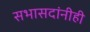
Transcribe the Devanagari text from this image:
सभासदांनीही